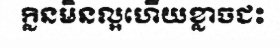
ក្លិនមិនល្អហើយខ្លាចជះ